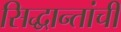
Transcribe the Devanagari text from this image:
सिद्धान्तांची